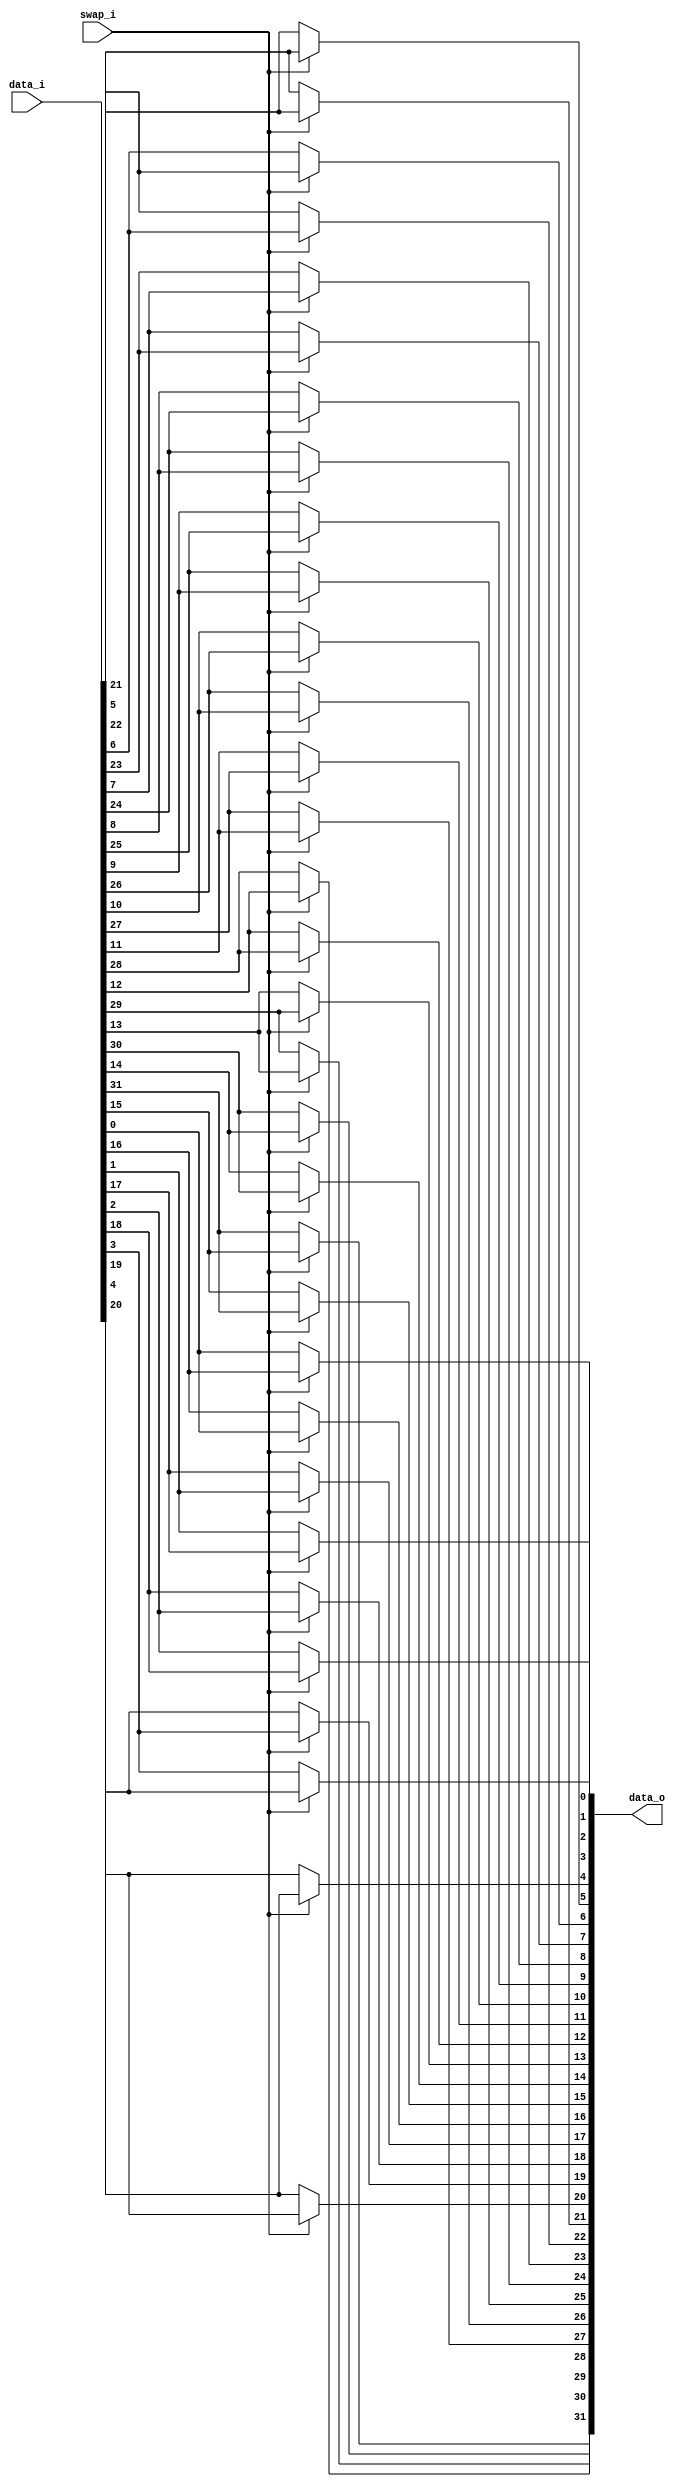
// This program was cloned from: https://github.com/chipsalliance/UHDM-integration-tests
// License: Apache License 2.0

/* Generated by Yosys 0.27+9 (git sha1 101d19bb6, gcc 11.2.0-7ubuntu2 -fPIC -Os) */

(* top =  1  *)

module bsg_swap(data_i, swap_i, data_o);
  
  input [31:0] data_i;
  wire [31:0] data_i;
  
  output [31:0] data_o;
  wire [31:0] data_o;
  
  input swap_i;
  wire swap_i;
  assign data_o[21] = swap_i ? data_i[5] : data_i[21];
  assign data_o[22] = swap_i ? data_i[6] : data_i[22];
  assign data_o[23] = swap_i ? data_i[7] : data_i[23];
  assign data_o[24] = swap_i ? data_i[8] : data_i[24];
  assign data_o[25] = swap_i ? data_i[9] : data_i[25];
  assign data_o[26] = swap_i ? data_i[10] : data_i[26];
  assign data_o[27] = swap_i ? data_i[11] : data_i[27];
  assign data_o[28] = swap_i ? data_i[12] : data_i[28];
  assign data_o[29] = swap_i ? data_i[13] : data_i[29];
  assign data_o[30] = swap_i ? data_i[14] : data_i[30];
  assign data_o[31] = swap_i ? data_i[15] : data_i[31];
  assign data_o[0] = swap_i ? data_i[16] : data_i[0];
  assign data_o[1] = swap_i ? data_i[17] : data_i[1];
  assign data_o[2] = swap_i ? data_i[18] : data_i[2];
  assign data_o[3] = swap_i ? data_i[19] : data_i[3];
  assign data_o[4] = swap_i ? data_i[20] : data_i[4];
  assign data_o[5] = swap_i ? data_i[21] : data_i[5];
  assign data_o[6] = swap_i ? data_i[22] : data_i[6];
  assign data_o[7] = swap_i ? data_i[23] : data_i[7];
  assign data_o[8] = swap_i ? data_i[24] : data_i[8];
  assign data_o[9] = swap_i ? data_i[25] : data_i[9];
  assign data_o[10] = swap_i ? data_i[26] : data_i[10];
  assign data_o[11] = swap_i ? data_i[27] : data_i[11];
  assign data_o[12] = swap_i ? data_i[28] : data_i[12];
  assign data_o[13] = swap_i ? data_i[29] : data_i[13];
  assign data_o[14] = swap_i ? data_i[30] : data_i[14];
  assign data_o[15] = swap_i ? data_i[31] : data_i[15];
  assign data_o[16] = swap_i ? data_i[0] : data_i[16];
  assign data_o[17] = swap_i ? data_i[1] : data_i[17];
  assign data_o[18] = swap_i ? data_i[2] : data_i[18];
  assign data_o[19] = swap_i ? data_i[3] : data_i[19];
  assign data_o[20] = swap_i ? data_i[4] : data_i[20];
endmodule